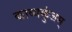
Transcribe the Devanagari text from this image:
काव्यकुंजम्